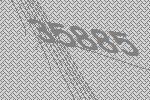
35885